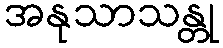
အနုသာသန္တု